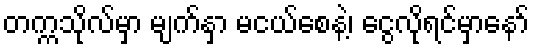
တက္ကသိုလ်မှာ မျက်နှာ မငယ်စေနဲ့၊ ငွေလိုရင်မှာနော်